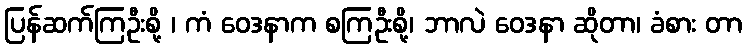
ပြန်ဆက်ကြဦးစို့ ၊ ကံ ဝေဒနာက စကြဦးစို့၊ ဘာလဲ ဝေဒနာ ဆိုတာ၊ ခံစား တာ